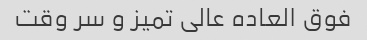
فوق العاده عالی تمیز و سر وقت